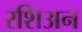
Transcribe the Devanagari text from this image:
रशिअन